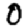
Digit: 0